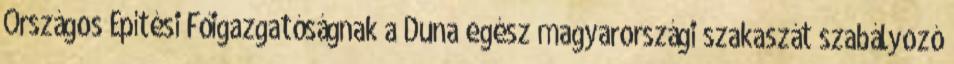
Országos Építési Főigazgatóságnak a Duna egész magyarországi szakaszát szabályozó